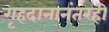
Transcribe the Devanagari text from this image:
गृहदानानंतरही